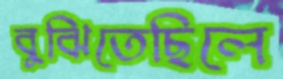
বুঝিতেছিলে